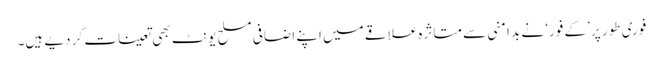
فوری طور پر ’کے فور‘ نے بد امنی سے متاثرہ علاقے میں اپنے اضافی مسلح یونٹ بھی تعینات کر دیے ہیں۔